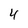
Character: 4